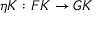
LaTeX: \eta K : F K \to G K